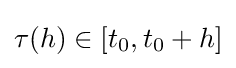
\tau (h)\in [t_{0},t_{0}+h]